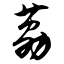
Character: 荔